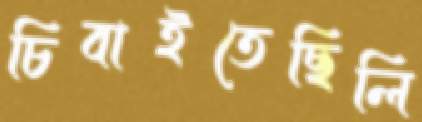
চিবাইতেছিলি